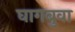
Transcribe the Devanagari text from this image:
घागबुवा